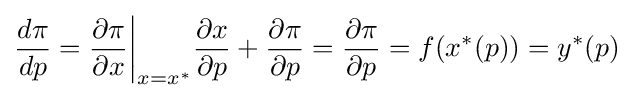
{\frac {d\pi }{dp}}={\frac {\partial \pi }{\partial x}}{\bigg |}_{x=x^{*}}{\frac {\partial x}{\partial p}}+{\frac {\partial \pi }{\partial p}}={\frac {\partial \pi }{\partial p}}=f(x^{*}(p))=y^{*}(p)